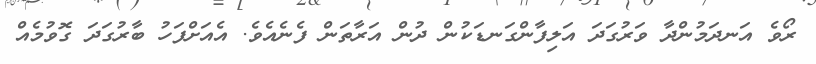
ރޯވެ އަނދަމުންދާ ވަރުގަދަ އަލިފާންގަނޑަކުން ދުން އަރާތަން ފެނެއެވެ. އެއަށްފަހު ބާރުގަދަ ގޮވުމެއް